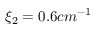
\xi _ { 2 } = 0 . 6 c m ^ { - 1 }